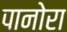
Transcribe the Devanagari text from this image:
पानोरा